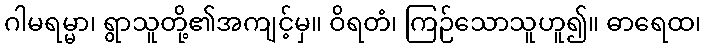
ဂါမရမ္မာ၊ ရွာသူတို့၏အကျင့်မှ။ ဝိရတံ၊ ကြဉ်သောသူဟူ၍။ ဓာရေထ၊